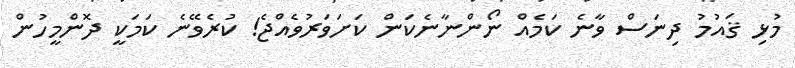
މުޅި ޤައުމު ދިނަސް ވާނެ ކަމެއް ނޯންނާނެކަން ކަށަވަރުވެއްޖެ! ކުރެވޭނެ ކަމަކީ ދޮންމީހުން